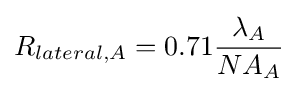
R_{lateral,A}=0.71{\frac {\lambda _{A}}{NA_{A}}}